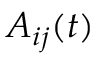
A _ { i j } ( t )